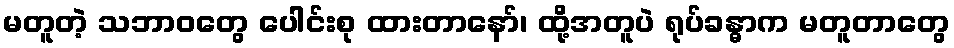
မတူတဲ့ သဘာဝတွေ ပေါင်းစု ထားတာနော်၊ ထို့အတူပဲ ရုပ်ခန္ဓာက မတူတာတွေ